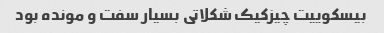
بیسکوییت چیزکیک شکلاتی بسیار سفت و مونده بود